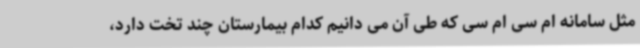
مثل سامانه ام سی ام سی که طی آن می دانیم کدام بیمارستان چند تخت دارد،